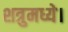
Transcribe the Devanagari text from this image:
शत्रुमध्ये।